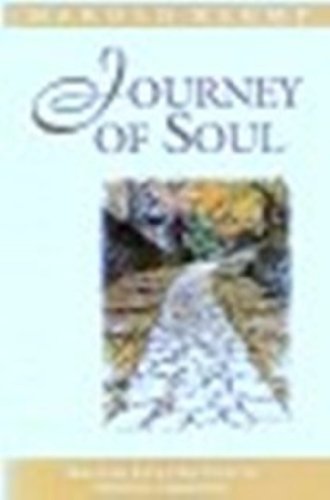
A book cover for Journey of Soul (Mahanta Transcripts, Book 1); Harold Klemp; Religion & Spirituality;